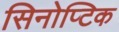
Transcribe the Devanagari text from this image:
सिनोप्टिक